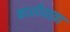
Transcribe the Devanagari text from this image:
काशीयात्रा